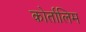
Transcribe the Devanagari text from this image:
कोर्तालिम